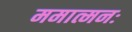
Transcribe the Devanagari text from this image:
ममात्मनः